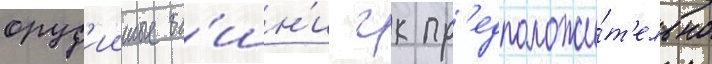
оруд'ииные ба́шн'и гк пр'едположи́т'ельно